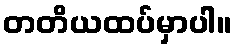
တတိယထပ်မှာပါ။